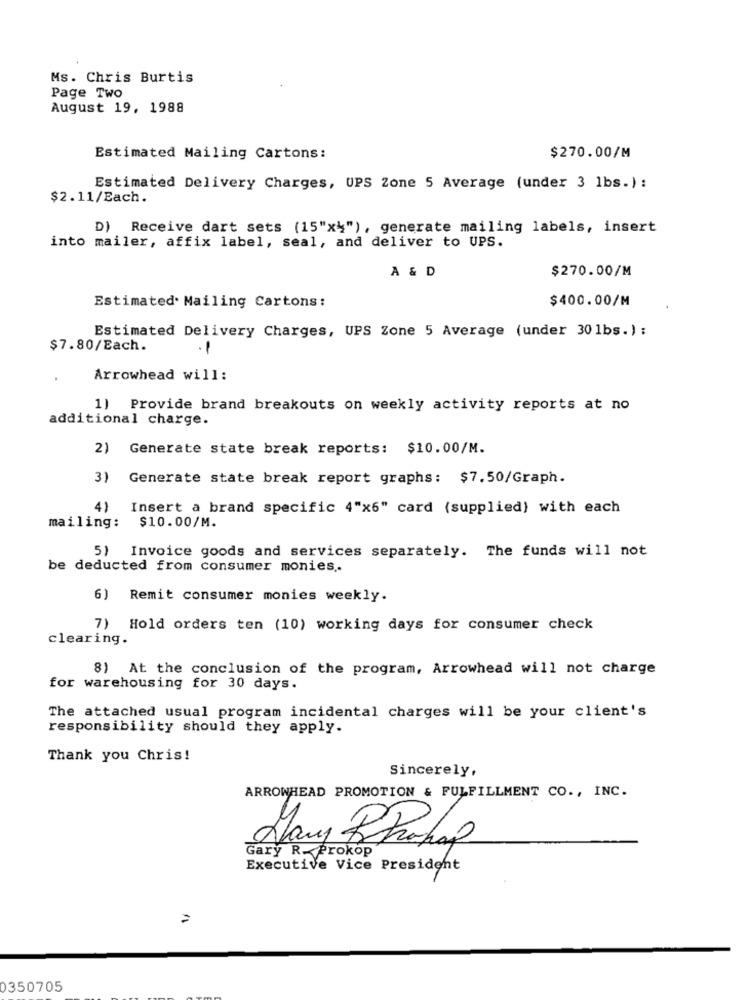
Ms. Chris Burtis
Page Two
August 19, 1988
Estimated Mailing Cartons:
$270.00/M
Estimated Delivery Charges, UPS Zone 5 Average (under 3 lbs.) :
$2.11/Each.
D) Receive dart sets (15"x"), generate mailing labels, insert
into mailer, affix label, seal, and deliver to UPS.
A & D
$270.00/M
$400.00/M
Estimated. Mailing Cartons:
Estimated Delivery Charges, UPS Zone 5 Average (under 301bs.) :
$7.80/Each.
-
Arrowhead will:
1) Provide brand breakouts on weekly activity reports at no
additional charge.
2) Generate state break reports: $10.00/M.
3)
Generate state break report graphs: $7.50/Graph.
4) Insert a brand specific 4"x6" card (supplied) with each
mailing: $10.00/M.
5) Invoice goods and services separately. The funds will not
be deducted from consumer monies ..
6) Remit consumer monies weekly.
7) Hold orders ten (10) working days for consumer check
clearing.
8) At the conclusion of the program, Arrowhead will not charge
for warehousing for 30 days.
The attached usual program incidental charges will be your client's
responsibility should they apply.
Thank you Chris!
Sincerely,
ARROWHEAD PROMOTION & FULFILLMENT CO ., INC.
Gary R_Prokop
Executive Vice President
0350705